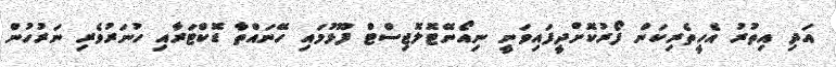
އަދި އިތުރު އެހީތެރިކަން ފޯރުކޮށްދީފައިވަނީ ނިއޯނޭޓޮލޮޖިސްޓް ފޫޅުމައި ހޭނައްތާ ޑޮކްޓަރާއި ހުނަރުވެރި ނަރުހުން